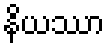
နိယဿာ